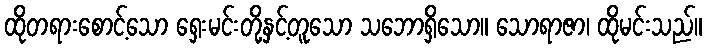
ထိုတရားစောင့်သော ရှေးမင်းတို့နှင့်တူသော သဘောရှိသော။ သောရာဇာ၊ ထိုမင်းသည်။